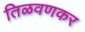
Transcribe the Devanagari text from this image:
तिळवणकर